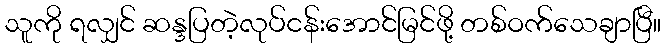
သူကို ရလျှင် ဆန္ဒပြတဲ့လုပ်ငန်းအောင်မြင်ဖို့ တစ်ဝက်သေချာပြီ။